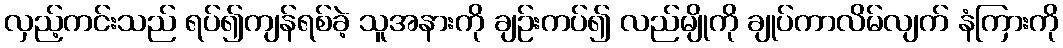
လှည့်ကင်းသည် ရပ်၍ကျန်ရစ်ခဲ့ သူအနားကို ချဉ်းကပ်၍ လည်မျိုကို ချုပ်ကာလိမ်လျက် နံကြားကို